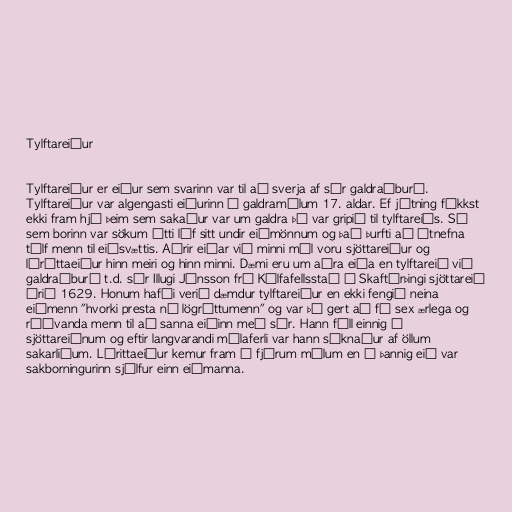
Tylftareiður

Tylftareiður er eiður sem svarinn var til að sverja af sér galdraáburð.
Tylftareiður var algengasti eiðurinn í galdramálum 17. aldar. Ef játning fékkst
ekki fram hjá þeim sem sakaður var um galdra þá var gripið til tylftareiðs. Sá
sem borinn var sökum átti líf sitt undir eiðmönnum og það þurfti að útnefna
tólf menn til eiðsvættis. Aðrir eiðar við minni mál voru sjöttareiður og
lýríttaeiður hinn meiri og hinn minni. Dæmi eru um aðra eiða en tylftareið við
galdraáburð t.d. sór Illugi Jónsson frá Kálfafellsstað í Skaftárþingi sjöttareið
árið 1629. Honum hafði verið dæmdur tylftareiður en ekki fengið neina
eiðmenn "hvorki presta né lögréttumenn" og var þá gert að fá sex ærlega og
ráðvanda menn til að sanna eiðinn með sér. Hann féll einnig á
sjöttareiðnum og eftir langvarandi málaferli var hann sýknaður af öllum
sakarliðum. Lýrittaeiður kemur fram í fjórum málum en í þannig eið var
sakborningurinn sjálfur einn eiðmanna.